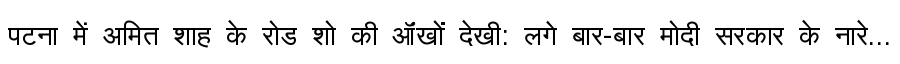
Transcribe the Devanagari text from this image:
पटना में अमित शाह के रोड शो की ऑंखों देखी: लगे बार-बार मोदी सरकार के नारे...